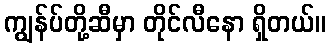
ကျွန်ပ်တို့ဆီမှာ တိုင်လီနော ရှိတယ်။